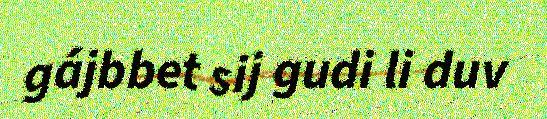
gájbbet sij gudi li duv